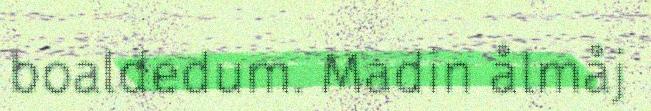
boaldedum. Madin ålmåj